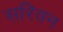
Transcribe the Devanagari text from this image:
सरिवन